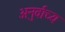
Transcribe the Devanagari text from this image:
अनुर्वाच्य